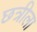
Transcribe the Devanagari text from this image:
छत्रीला